Plague in India, 1896, 1897 - Volume 3
Year: 1896
Disease focus: Plague
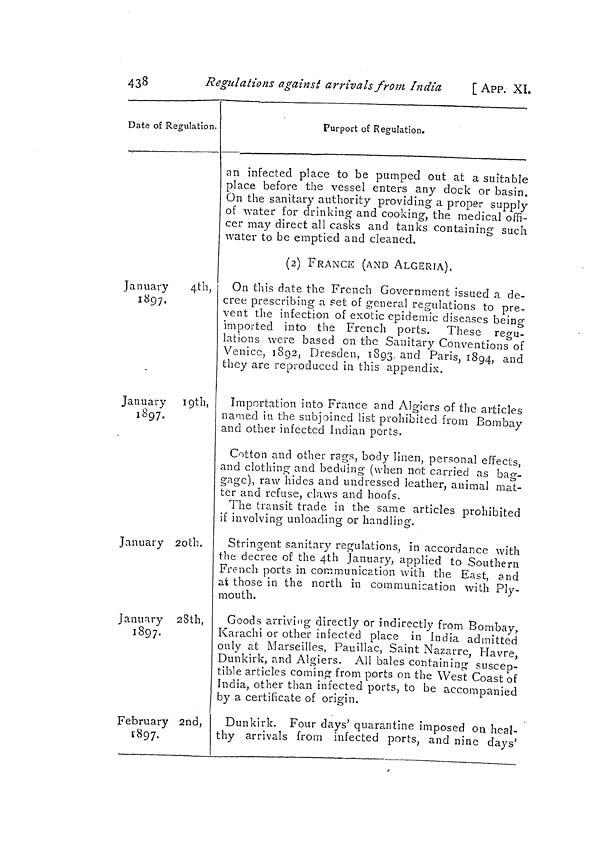
438
Regulations against arrivals from Indict
[ App. XI.
Date of Regulation.
January
4th,
1897,
January igth,
1897.
January 2otb.
January 28th,
1897.
February 2nd,
ï8 9 7.
Purport of Regulation.
an infected place to be pumped out at a suitable
place before the vessel enters any dock or basin.
On the sanitary authority providing a proper supply
of water for drinking and cooking, the medical offi-
cer may direct all casks and tanks containing such
water to be emptied and cleaned.
(2) FRANCE (AND ALGERIA).
On this date the French Government issued a de-
cree prescribing a set of general regulations to pre-
vent the infection of exotic epidemic diseases being
imported into the French ports. These regu-
lations were based on the Sanitary Conventions of
Venice, 1892, Dresden, 1893, and Paris, 1894, and
they are reproduced in this appendix.
Importation into France and Algiers of the articles
named iu the subjoined list prohibited from Bombay
and other infected Indian ports,
Cotton and other rags, body linen, personal effects,
and clothing and bedding (when not carried as bag-
gage), raw hides and undressed leather, animal mat-
ter and refuse, claws and hoofs.
The transit trade in the same articles prohibited
if involving unloading or handling.
Stringent sanitary regulations, in accordance with
the decree of the 4th January, applied to Southern
French ports in communication with the East, and
at those in the north in communication with Ply-
mouth.
Goods arriving directly or indirectly from Bombay,.
Karachi or other infected place in India admitted
only at Marseilles, Pauillac, Saint Nazarre, Havre,
Dunkirk, and Algiers. All bales containing suscep-
tible articles coming 1 from ports on the West Coast of
India, other than infected ports, to be accompanied
by a certificate of origin.
Dunkirk. Four days' quarantine imposed on heal-
thy arrivals from infected ports, and nine days'